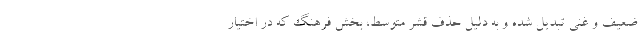
ضعیف و غنی تبدیل شده و به دلیل حذف قشر متوسط، بخش فرهنگ که در اختیار